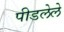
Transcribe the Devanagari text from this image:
पीडलेले